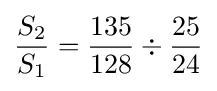
{S_{2} \over S_{1}}={{135 \over 128}\div {25 \over 24}}